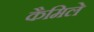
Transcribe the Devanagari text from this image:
कैमिले